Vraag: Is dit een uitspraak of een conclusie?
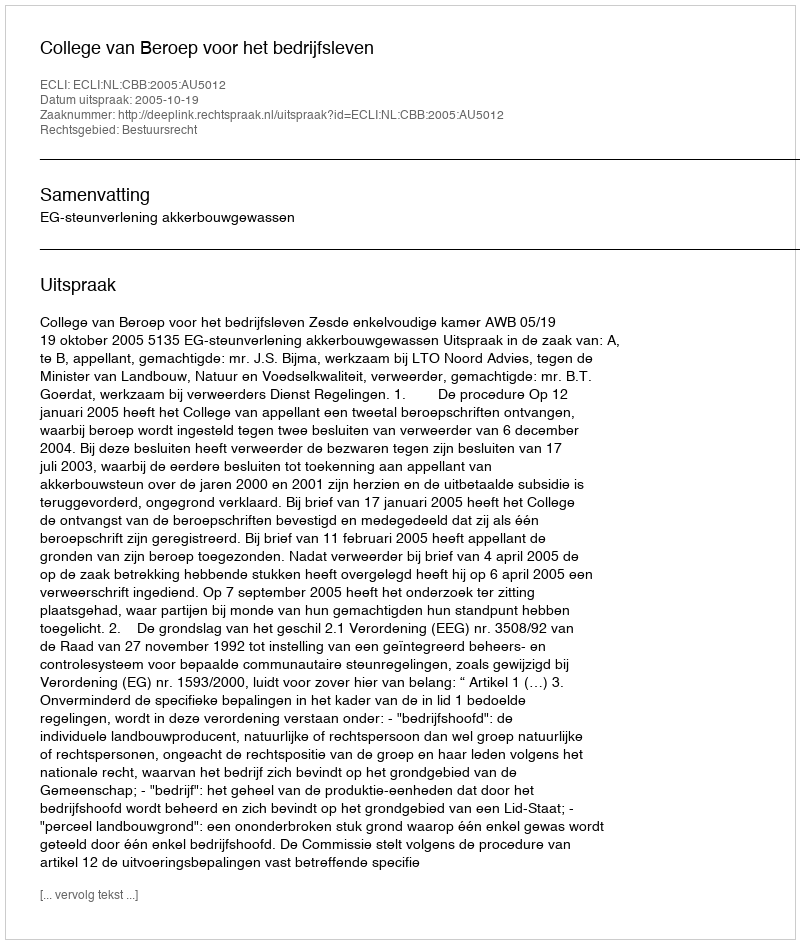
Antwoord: Uitspraak